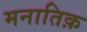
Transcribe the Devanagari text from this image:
मनातिक़